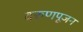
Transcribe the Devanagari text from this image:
वरुणपूजन